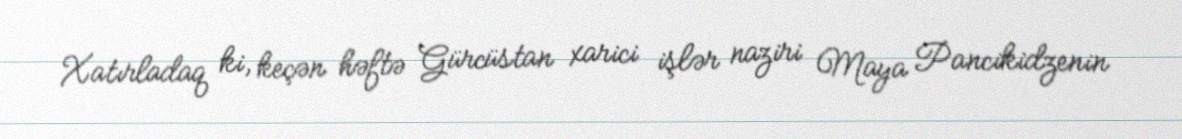
Xatırladaq ki, keçən həftə Gürcüstan xarici işlər naziri Maya Pancikidzenin